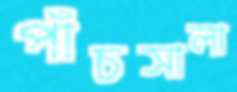
পাঁচসালা